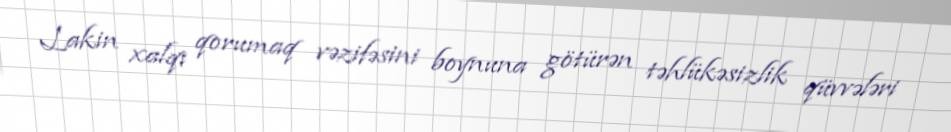
Lakin xalqı qorumaq vəzifəsini boynuna götürən təhlükəsizlik qüvvələri